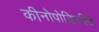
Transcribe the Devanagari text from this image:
कीनोपोडिएसिइ